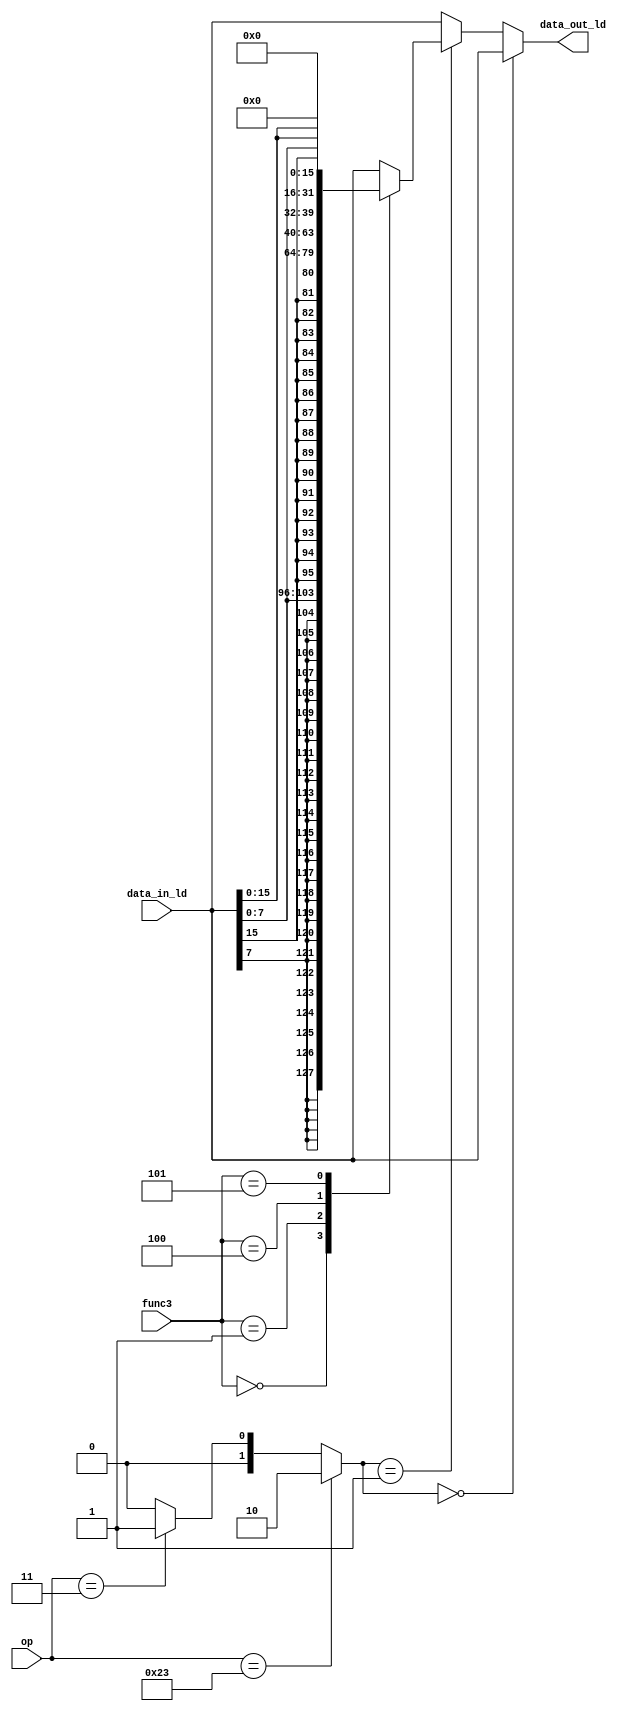
module Load_Unit(
input [6:0] op,
input [2:0] func3,
input [31:0] data_in_ld, // ld = port rd, st = port rs2
output reg [31:0] data_out_ld
);

wire [1:0] mode; // 0 = others, 1 = load, 2 = store

assign mode = (op == 7'b0100011) ? 2'b10 : 
              (op == 7'b0000011) ? 2'b01 : 2'b00;
always @ *
if(mode == 2'b00) begin
data_out_ld = data_in_ld;
end
else if (mode == 2'b01) // load
begin
case(func3)
3'b000: begin data_out_ld = {{24{data_in_ld[7]}}, data_in_ld[7:0]};  end
3'b001: begin data_out_ld = {{16{data_in_ld[15]}}, data_in_ld[15:0]};  end
3'b010: begin data_out_ld = data_in_ld;  end
3'b100: begin data_out_ld = {24'b0, $unsigned(data_in_ld[7:0])};  end
3'b101: begin data_out_ld = {16'b0, $unsigned(data_in_ld[15:0])};  end
default: begin data_out_ld = data_in_ld; end
endcase
end 


else if(mode == 2'b10) begin // store
data_out_ld = data_in_ld;
end 

else begin
data_out_ld = data_in_ld;
end      


endmodule